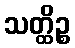
သတ္ထိဉ္စ